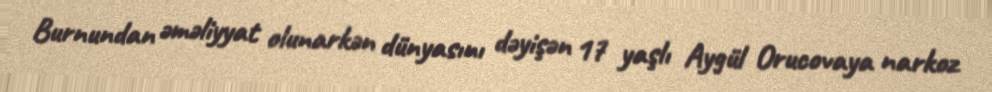
Burnundan əməliyyat olunarkən dünyasını dəyişən 17 yaşlı Aygül Orucovaya narkoz